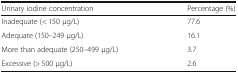
| Urinary iodine concentration | Percentage (%) |
 | --- | --- |
 | Inadequate (< 150 μg/L) | 77.6 |
 | Adequate (150–249 μg/L) | 16.1 |
 | More than adequate (250–499 μg/L) | 3.7 |
 | Excessive (> 500 μg/L) | 2.6 |